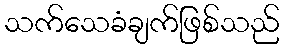
သက်သေခံချက်ဖြစ်သည်